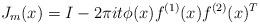
LaTeX: \begin{align*} J_m(x) = I - 2\pi i t\phi(x)f^{(1)}(x)f^{(2)}(x)^T \end{align*}